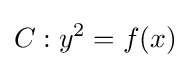
C:y^{2}=f(x)